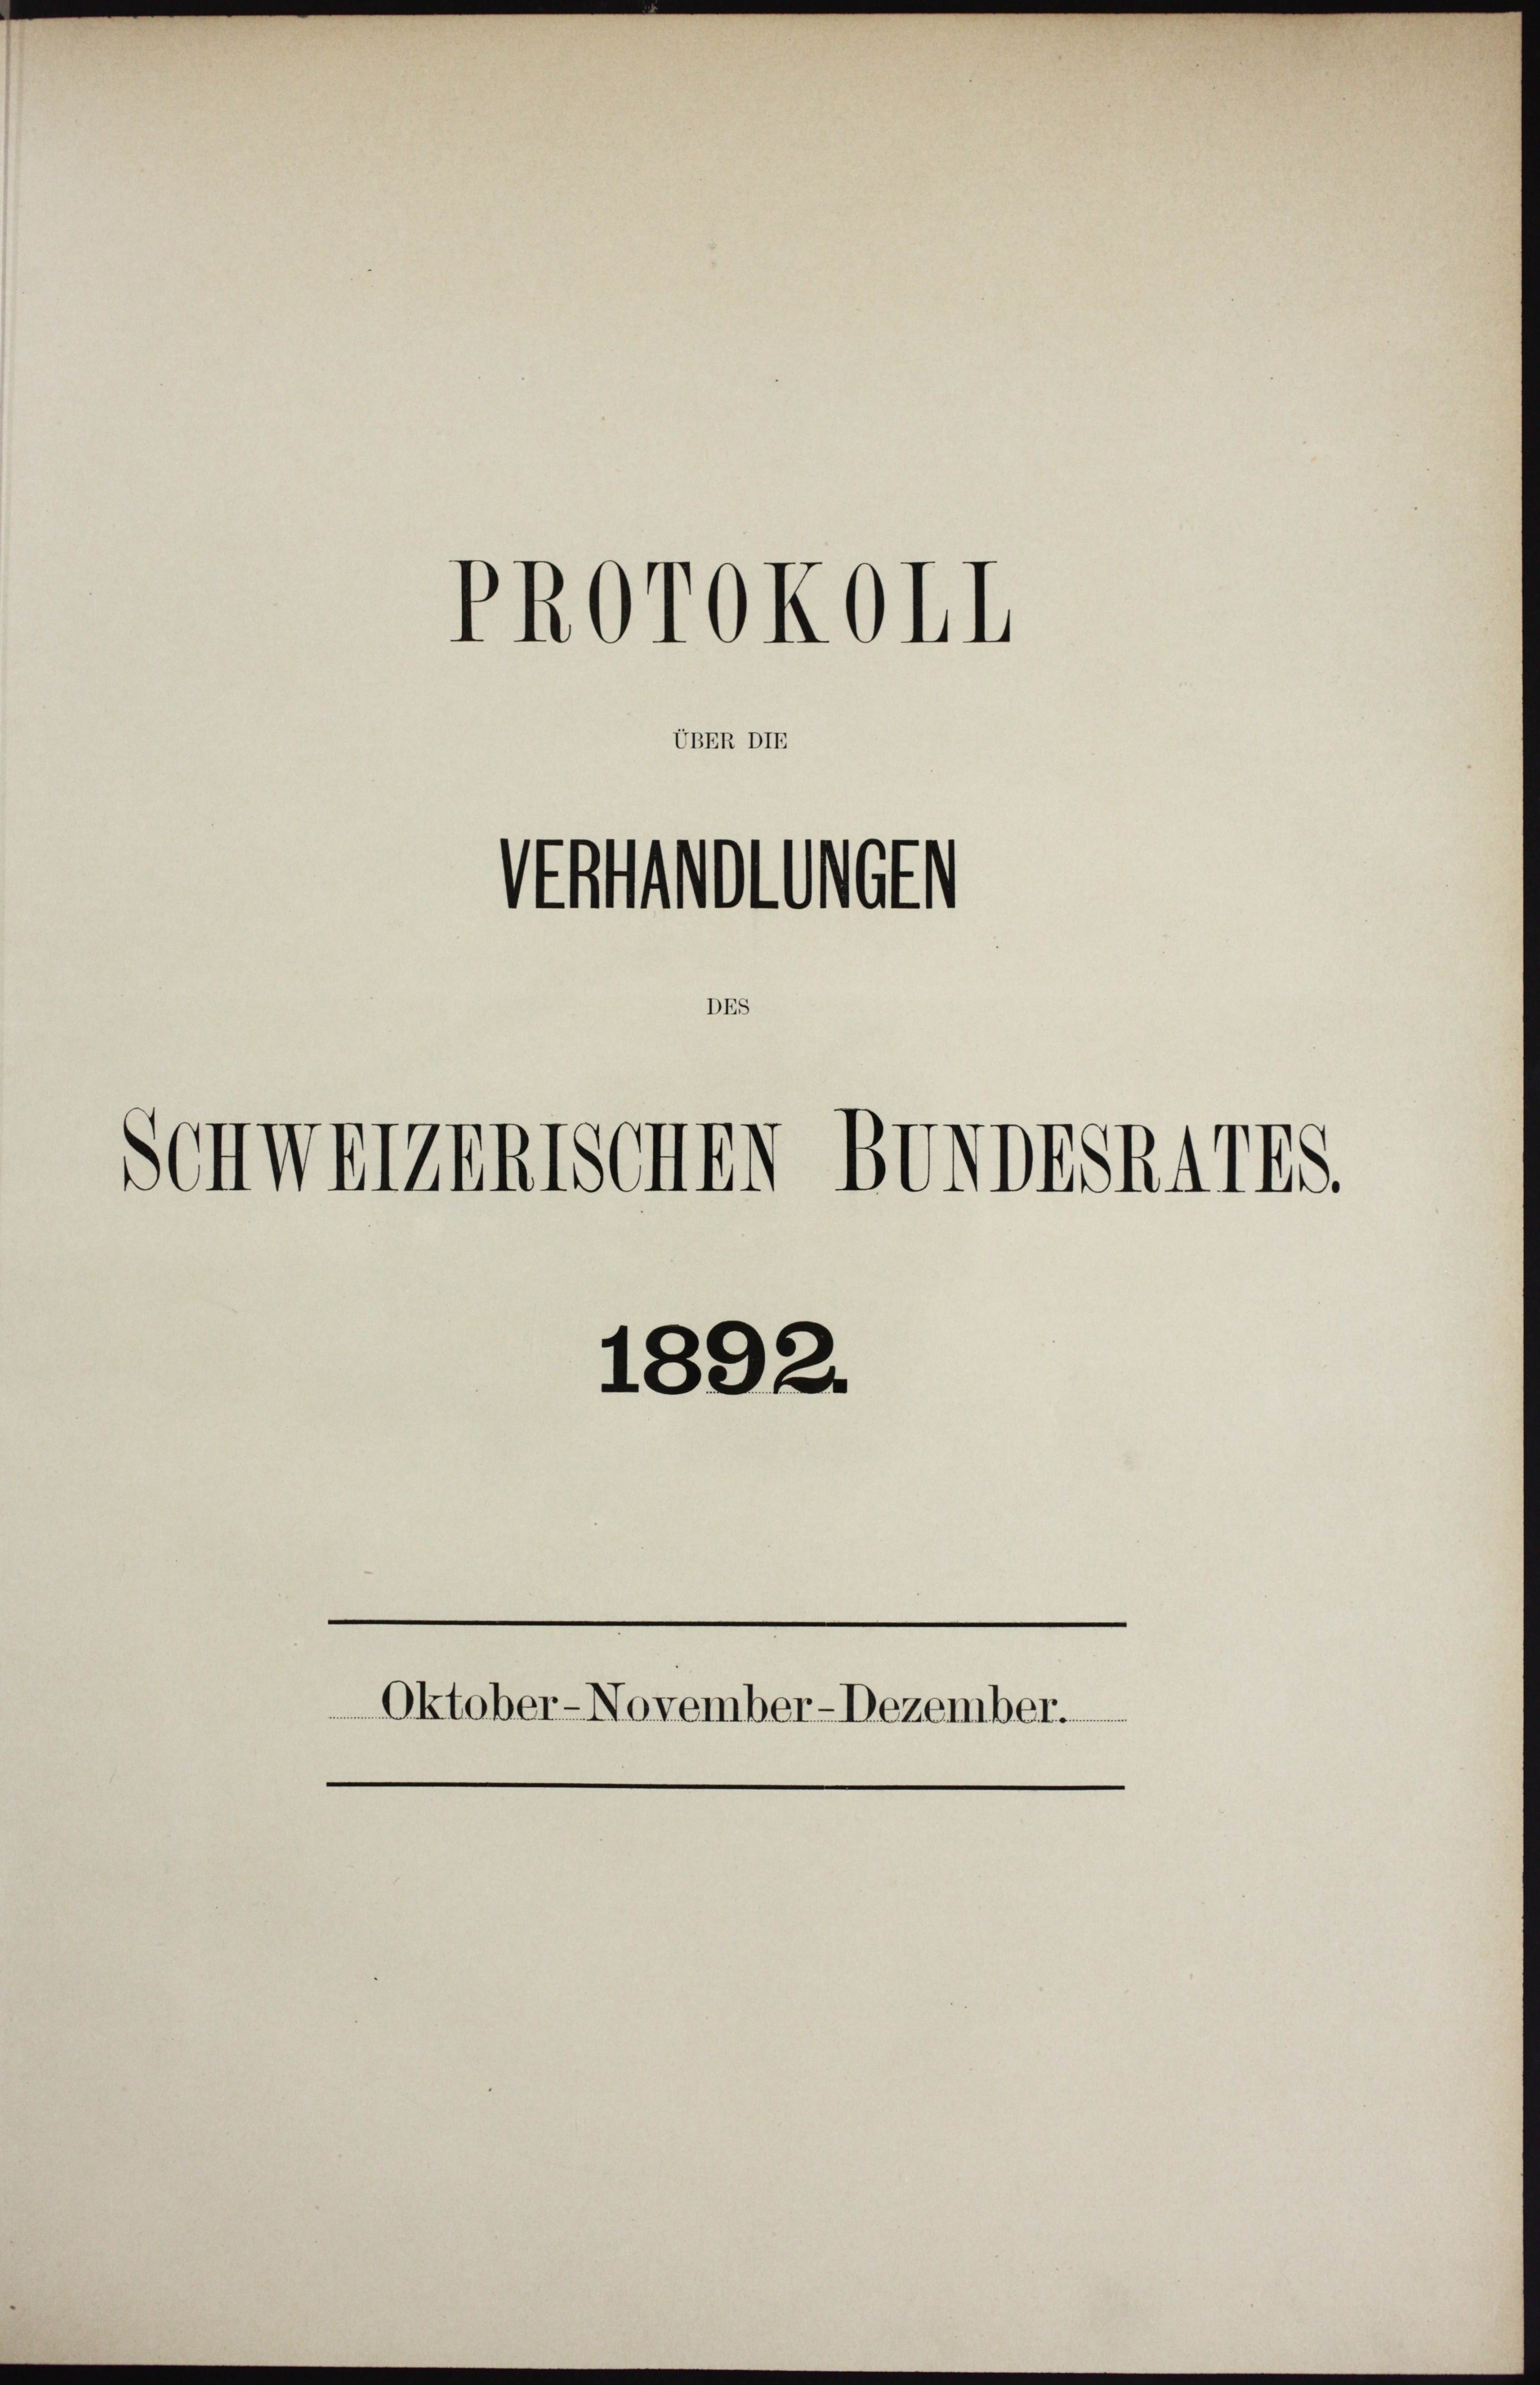
UBER DIE

PROrOKOII

Artholien
Schwerzenssenen Bundeskarts.

1892.
Oktober-November-Dezember.